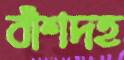
বাঁশদহ